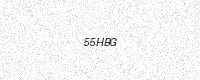
Text: 55HBG